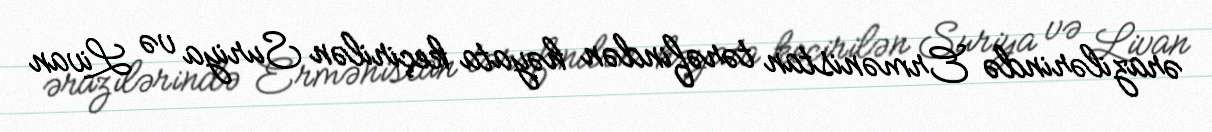
ərazilərində Ermənistan tərəfindən həyata keçirilən Suriya və Livan